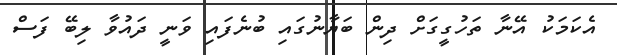
އެކަމަކު އޭނާ ތަހުގީގަށް ދިން ބަޔާނުގައި ބުނެފައި ވަނީ ދައުވާ ލިބޭ ފަސް